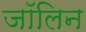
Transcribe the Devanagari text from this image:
जॉलिन